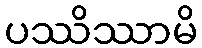
ပဿိဿာမိ